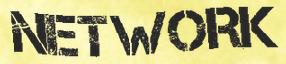
NETWORK